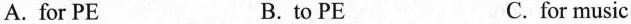
A. for PE B. to PE C.for music